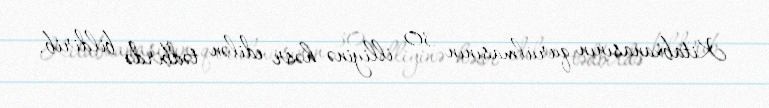
Kitabxanasının qurulmasının 30 illiyinə həsr edilən tədbirdə bildirib.